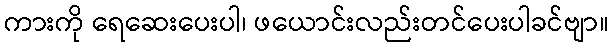
ကားကို ရေဆေးပေးပါ၊ ဖယောင်းလည်းတင်ပေးပါခင်ဗျာ။